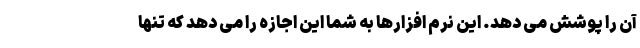
آن را پوشش می دهد. این نرم افزارها به شما این اجازه را می دهد که تنها